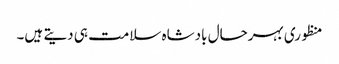
منظوری بہرحال بادشاہ سلامت ہی دیتے ہیں۔